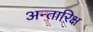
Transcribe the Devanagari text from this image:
अन्तारिक्ष